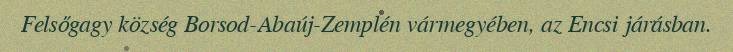
Felsőgagy község Borsod-Abaúj-Zemplén vármegyében, az Encsi járásban.